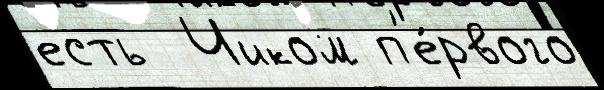
есть  Чиком п'е́рвого